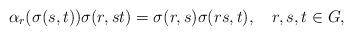
LaTeX: \begin{align*}\alpha_r(\sigma(s,t))\sigma(r,st)=\sigma(r,s)\sigma(rs,t),\ \ \ r,s,t\in G,\end{align*}